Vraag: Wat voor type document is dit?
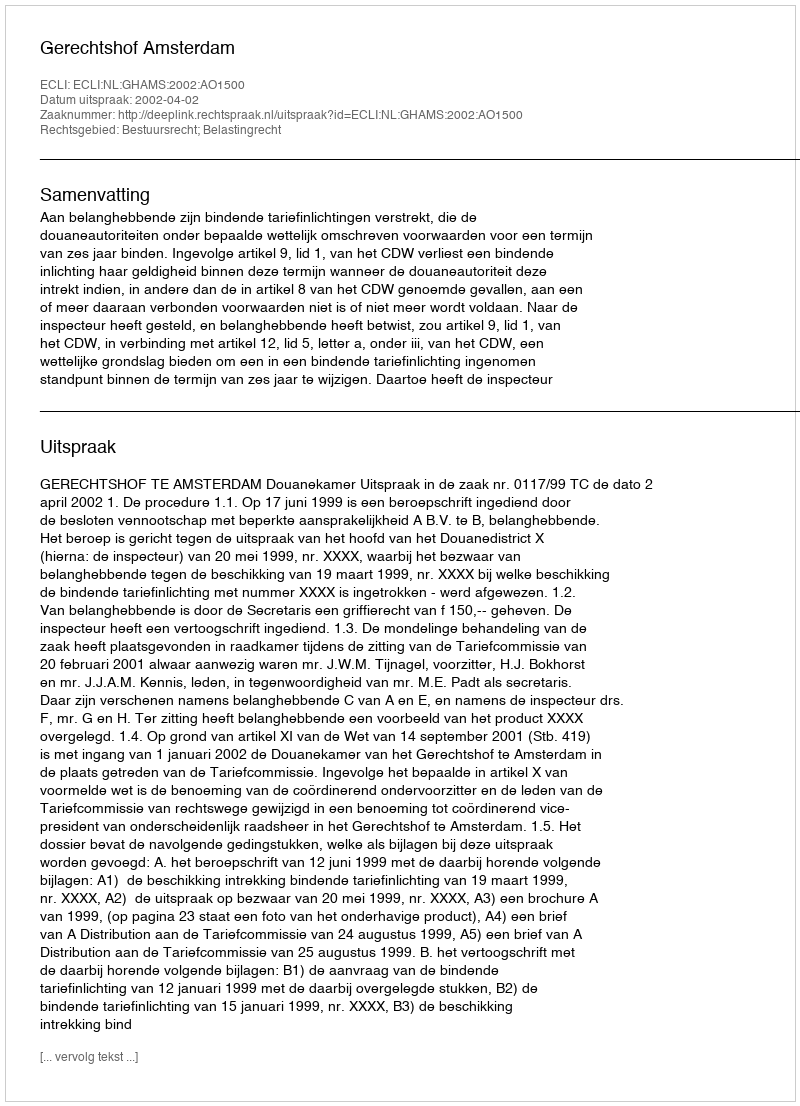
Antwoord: Uitspraak